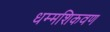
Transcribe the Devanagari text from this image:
धम्मशिकवण